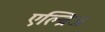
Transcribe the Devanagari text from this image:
एल्ब्रिज